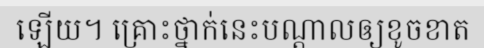
ឡើយ។ គ្រោះថ្នាក់នេះបណ្តាលឲ្យខូចខាត